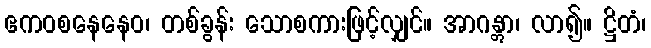
ဧကဝစနေနေဝ၊ တစ်ခွန်း သောစကားဖြင့်လျှင်။ အာဂန္တွာ၊ လာ၍။ ဋ္ဌိတံ၊